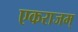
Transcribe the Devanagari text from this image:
एकराजम्